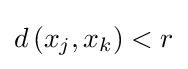
d\left(x_{j},x_{k}\right)<r